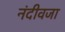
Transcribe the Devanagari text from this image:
नंदीवजा